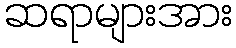
ဆရာများအား